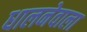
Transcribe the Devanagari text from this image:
धालनेवाला